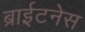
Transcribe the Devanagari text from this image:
ब्राईटनेस